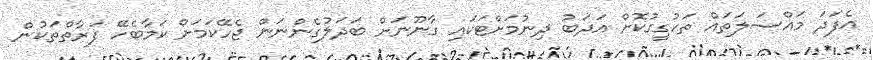
އެފަދަ މައްސަލަތައް ތަހުގީގުކޮށް އަދަބު ދިނުމަށްޓަކައި ގާނޫނަށް ބަދަލުގެންނަން ޖެހޭކަމަށް ކަމާބެހޭ ފަރާތްތަކުން